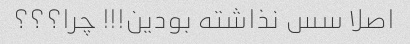
اصلا سس نذاشته بودین!!! چرا؟؟؟